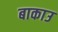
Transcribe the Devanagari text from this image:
बाकाउ